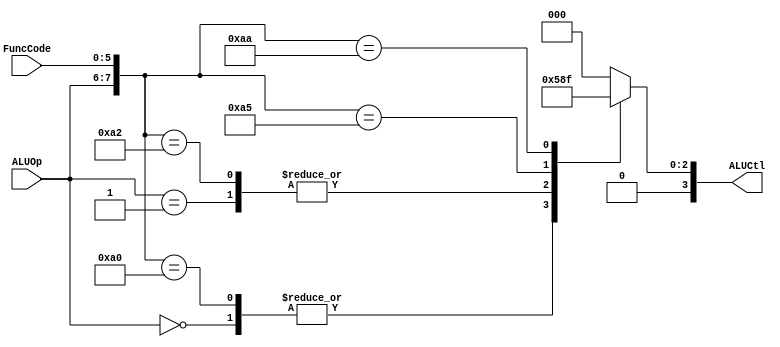
`timescale 1ns / 1ps
//////////////////////////////////////////////////////////////////////////////////
// Company: 
// Engineer: 
// 
// Design Name: 
// Module Name: alu_controller
// Project Name: 
// Target Devices: 
// Tool Versions: 
// Description: 
// 
// Dependencies: 
// 
// Revision:
// Revision 0.01 - File Created
// Additional Comments:
// 
//////////////////////////////////////////////////////////////////////////////////


module Alu_Controller(ALUOp,FuncCode,ALUCtl);
    input [1:0]ALUOp;
    input [5:0]FuncCode;
    output [3:0]ALUCtl;
    assign ALUCtl=out({ALUOp,FuncCode});
    function [3:0]out;
    input[7:0] in;
    begin
        casex (in)
        8'b00xxxxxx:out=4'b0010;
        8'b01xxxxxx:out=4'b0110;
        8'b10100000:out=4'b0010;
        8'b10100010:out=4'b0110;
        8'b10100100:out=4'b0000;
        8'b10100101:out=4'b0001;
        8'b10101010:out=4'b0111;
        default:out=4'b0000;
        endcase
    end
    endfunction
endmodule